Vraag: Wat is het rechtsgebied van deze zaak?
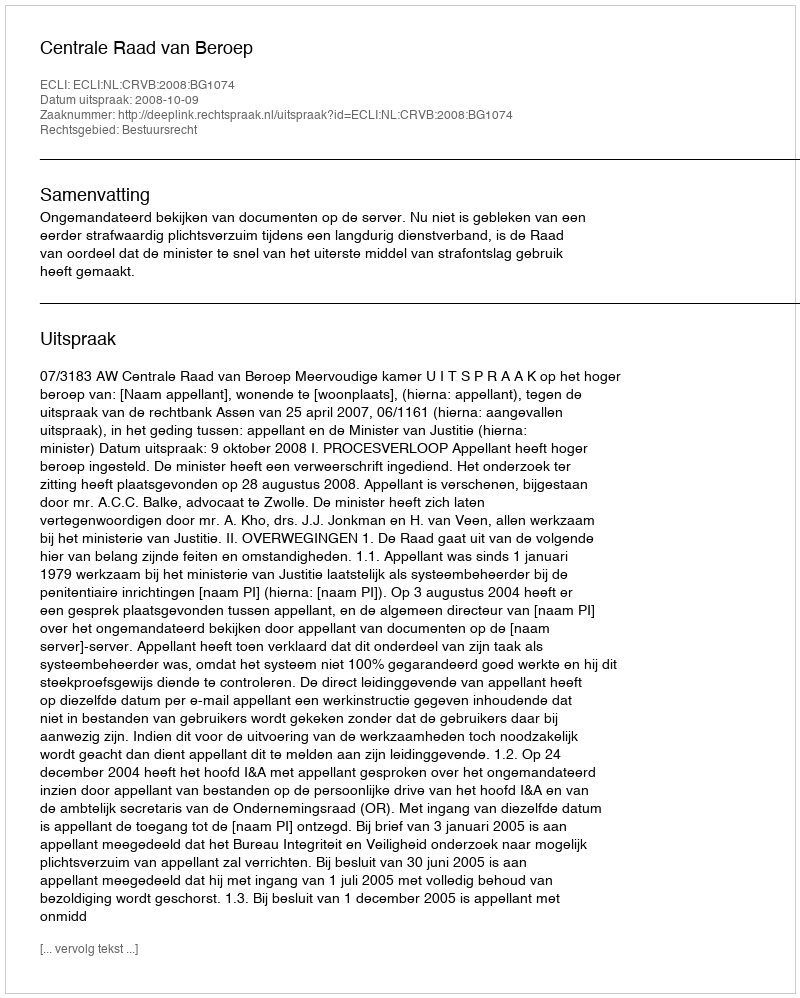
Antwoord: Bestuursrecht